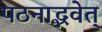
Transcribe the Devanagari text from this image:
पठनाद्भवेत्